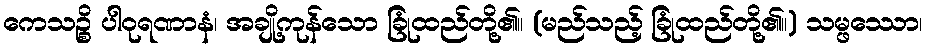
ကေသဉ္စိ ပါဝုရဏာနံ၊ အချို့ကုန်သော ခြုံထည်တို့၏။ (မည်သည့် ခြုံထည်တို့၏။) သမ္ဖဿော၊